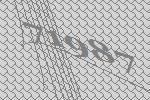
71987